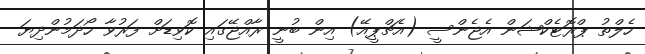
ހެލްތު ޕްރޮޓެކްޝަން އެޖެންސީ (އެޗްޕީއޭ) އިން ބުނީ ރާއްޖޭގައި ކޮވިޑަށް ފަރުވާ ހޯދަމުންދިޔަ